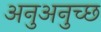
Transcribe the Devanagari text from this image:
अनुअनुच्छ